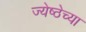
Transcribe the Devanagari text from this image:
ज्येष्ठेच्या